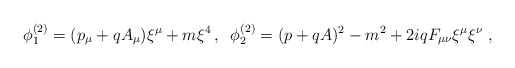
\begin{align*}\phi _{1}^{(2)}=(p_{\mu }+qA_{\mu })\xi ^{\mu }+m\xi ^{4}\,,\;\;\phi_{2}^{(2)}=(p+qA)^{2}-m^{2}+2iqF_{\mu \nu }\xi ^{\mu }\xi ^{\nu }\;,\end{align*}